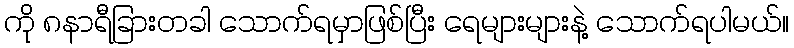
ကို ၈နာရီခြားတခါ သောက်ရမှာဖြစ်ပြီး ရေများများနဲ့ သောက်ရပါမယ်။